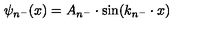
\psi _ { n ^ { - } } ( x ) = A _ { n ^ { - } } \cdot \mathrm { s i n } ( k _ { n ^ { - } } \cdot x )